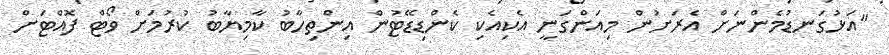
"އަޅުގަނޑުމެންނަށް އެރަށުން މިއަންގަނީ އެކިއެކި ކެންޑިޑޭޓުން އިންތިހާބު ކާމިޔާބު ކުރުމަށް ވޯޓް ފޮއްޓަށް